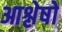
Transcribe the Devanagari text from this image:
आश्लेषों